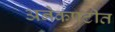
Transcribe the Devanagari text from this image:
अनेकपटीत